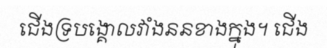
ជើងទ្របង្គោលវាំងននខាងក្នុង។ ជើង